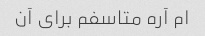
ام آره متاسفم برای آن